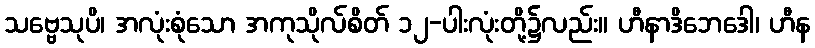
သဗ္ဗေသုပိ၊ အလုံးစုံသော အကုသိုလ်စိတ် ၁၂-ပါးလုံးတို့၌လည်း။ ဟီနာဒိဘေဒေါ၊ ဟီန